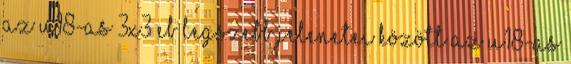
az U18-as 3X3 Eb legszebb jelenetei között Az U18-as